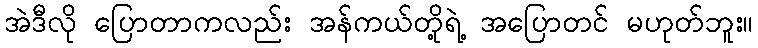
အဲဒီလို ပြောတာကလည်း အန်ကယ်တို့ရဲ့ အပြောတင် မဟုတ်ဘူး။